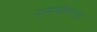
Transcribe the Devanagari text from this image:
ग्रामजीवनाच्या